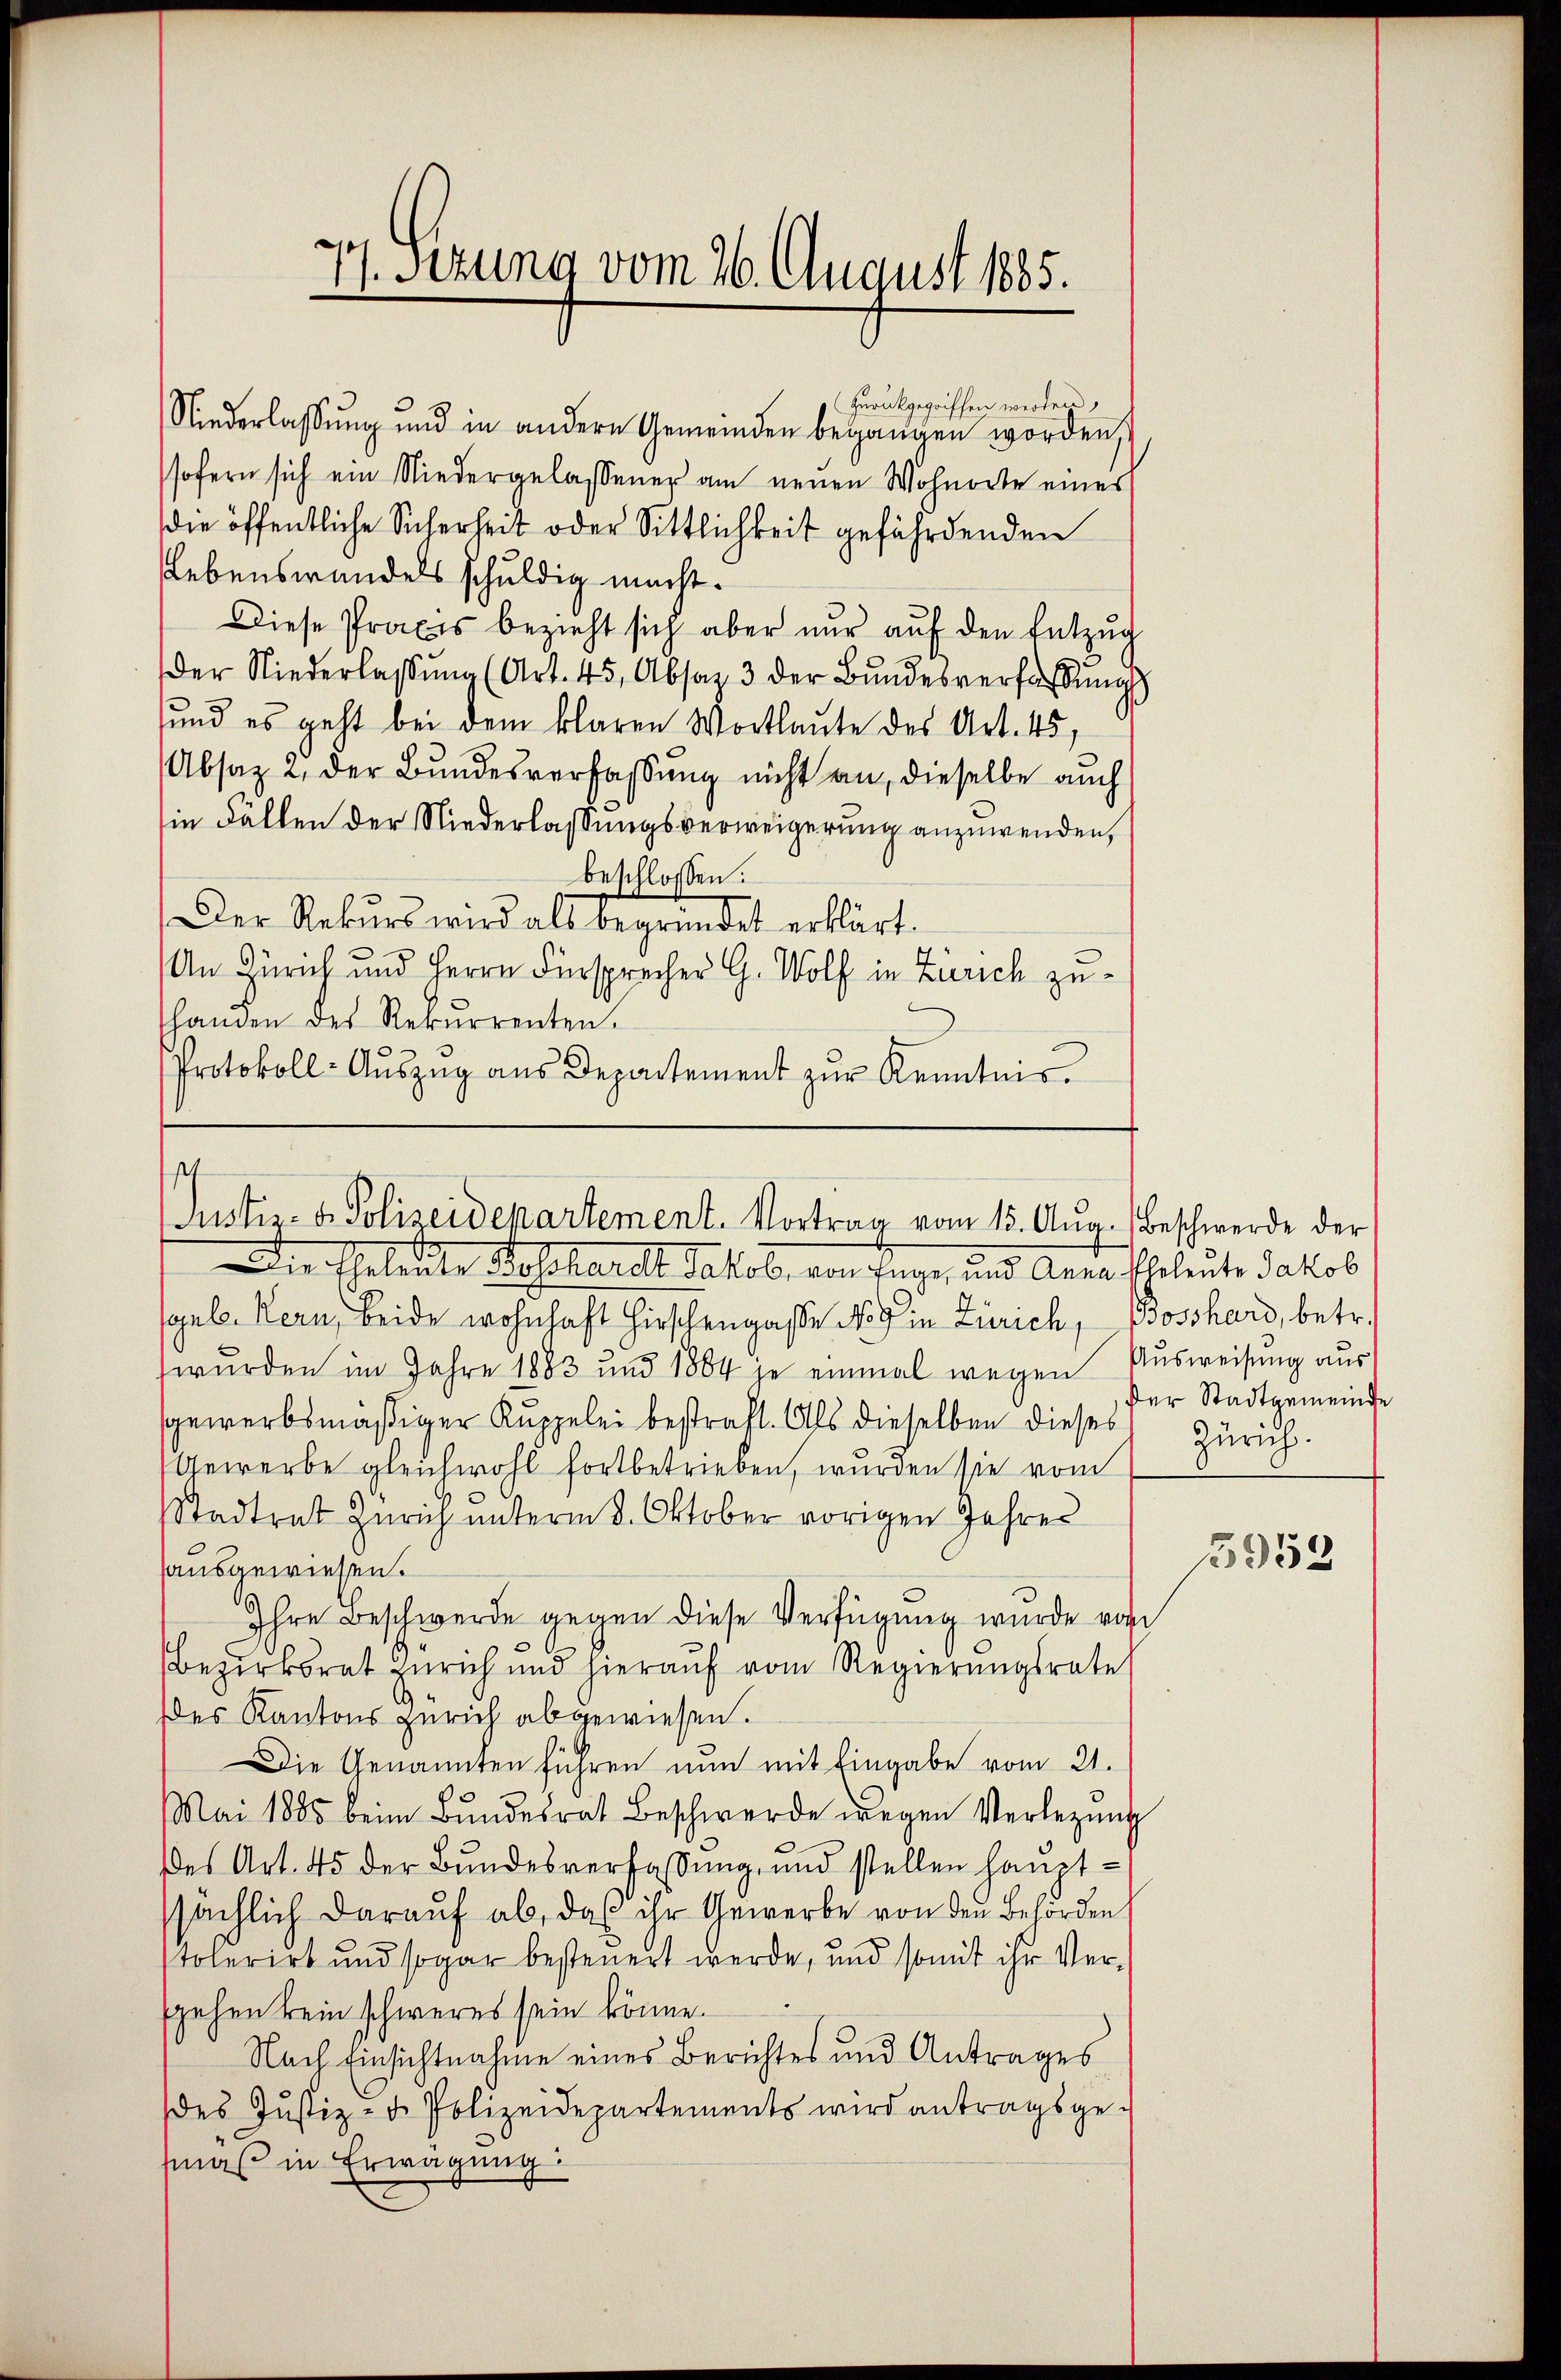
77. Sizung vom 26. August 1885.

zurückgegriffen werden.
Niederlassŭng und in andern Gemeinden begangen worden,
sofern sich ein Niedergelassener am neŭen Wohnorte eines
die öffentliche Sicherheit oder Sittlichkeit gefährdenden
Lebenswandels schuldig macht.
Diese Praxis bezieht sich aber nŭr aŭf den Entzug
der Niederlassŭng (Art. 45, Absaz 3 der Bŭndesverfassŭngs
sund es geht bei dem klaren Wortlaute des Art. 45,
Absaz 2, der Bundesverfassung nicht an, dieselbe auch
in Fällen der Niederlassungsverweigerung anzuwenden,
beschlossen.
Der Rekurs wird als begründet erklärt.
An Zürich und Herrn Fürsprecher G. Wolf in Zürich zuhanden des Rekurrenten.
Protokoll- Aŭszŭg aŭs Departement zŭr Kenntnis.

s
Justiz- & Polizeidepartement. Vortrag vom 15. Aŭg. Beschwerde der

Die Eheleute Bosshandle Jakob, von Enge, und Anna Eheleute Jakob
geb. Kern, beide wohnhaft Hirschengaße No 9 in Zürich, Bosshard, betr.
wurden im Jahre 1883 und 1884 je einmal wegen Ausweisung aus
sgewerbsmäßiger Kuppelei bestraft. Als dieselben dieses
Gewerbe gleichwohl fortbetrieben, wurden sie vom
Stadtrat Zürich unterm 8. Oktober vorigen Jahres
sausgewiesen.
Ihre Beschwerde gegen diese Verfügung wurde von
Bezirksrat Zürich und hieraŭf vom Regierŭngsrate
es Kantons Zürich abgewiesen.
Die Genannten führen nun mit Eingabe vom 21.
Mai 1885 beim Bŭndesrat Beschwerde wegen Verlegŭng
es Art. 45 der Bundesverfassung, und stellen hauptssächlich darauf ab, daß ihr Gewerbe von den Behörden
stolerirt und sogar besteuert werde, und somit ihr Versgehen kein schweres sein könne.
Nach Einsichtnahme eines Berichtes und Antrages
Des Justiz- d. Polizeidepartements wird antragsge-
maß in Erwägung

Der Stadtgemeinde
Zürich.

3952